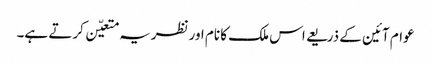
عوام آئین کے ذریعے اس ملک کا نام اورنظریہ متعیّن کرتے ہے۔